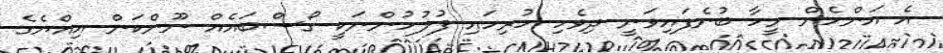
އެ އަންހެން މީހާ ބުނެފައިވަނީ ދިވެހި ހުރިހައި ފުލުހުންނަކީ ގޯސްބައެއް ނޫންކަން އިއްޔެގެ